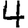
Digit: 4